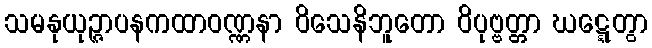
သမနုယုဉ္ဇာပနကထာဝဏ္ဏနာ ဝိသေနိဘူတော ဝိပုဗ္ဗတ္တာ ဃဋ္ဋေတွာ